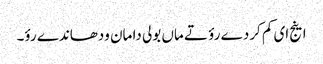
اینج ای کم کردے رؤ تے ماں بولی دا مان ودھاندے رؤ۔